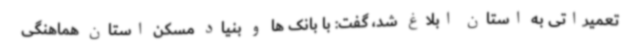
تعمیراتی به استان ابلاغ شد، گفت: با بانک ها و بنیاد مسکن استان هماهنگی